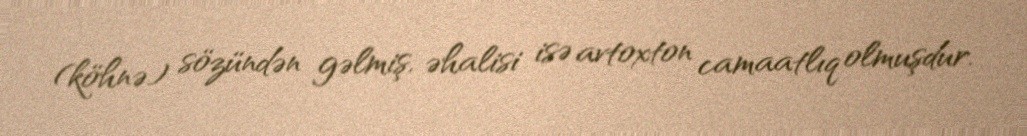
(köhnə) sözündən gəlmiş, əhalisi isə avtoxton camaatlıq olmuşdur.